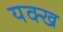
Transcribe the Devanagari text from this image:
यक्ख